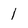
Character: 1